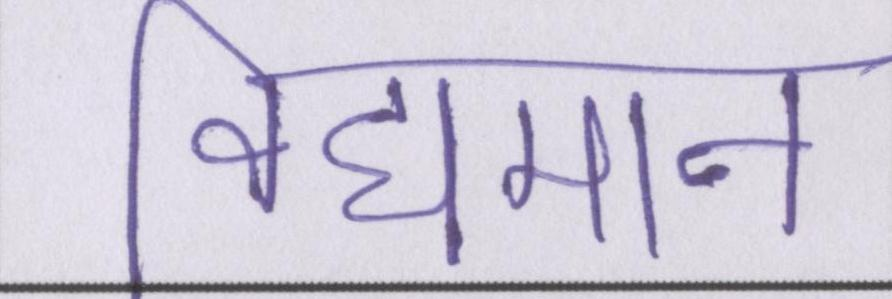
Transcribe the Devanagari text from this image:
विद्यमान